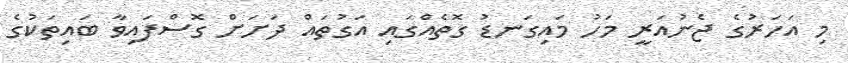
މި އަހަރުގެ ޖެނުއަރީ މަހު މައިގަނޑު ގޮތެއްގައި އަގުތައް ދަށަށް ގޮސްފައިވާ ބައިތަކުގެ